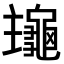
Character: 𪚹